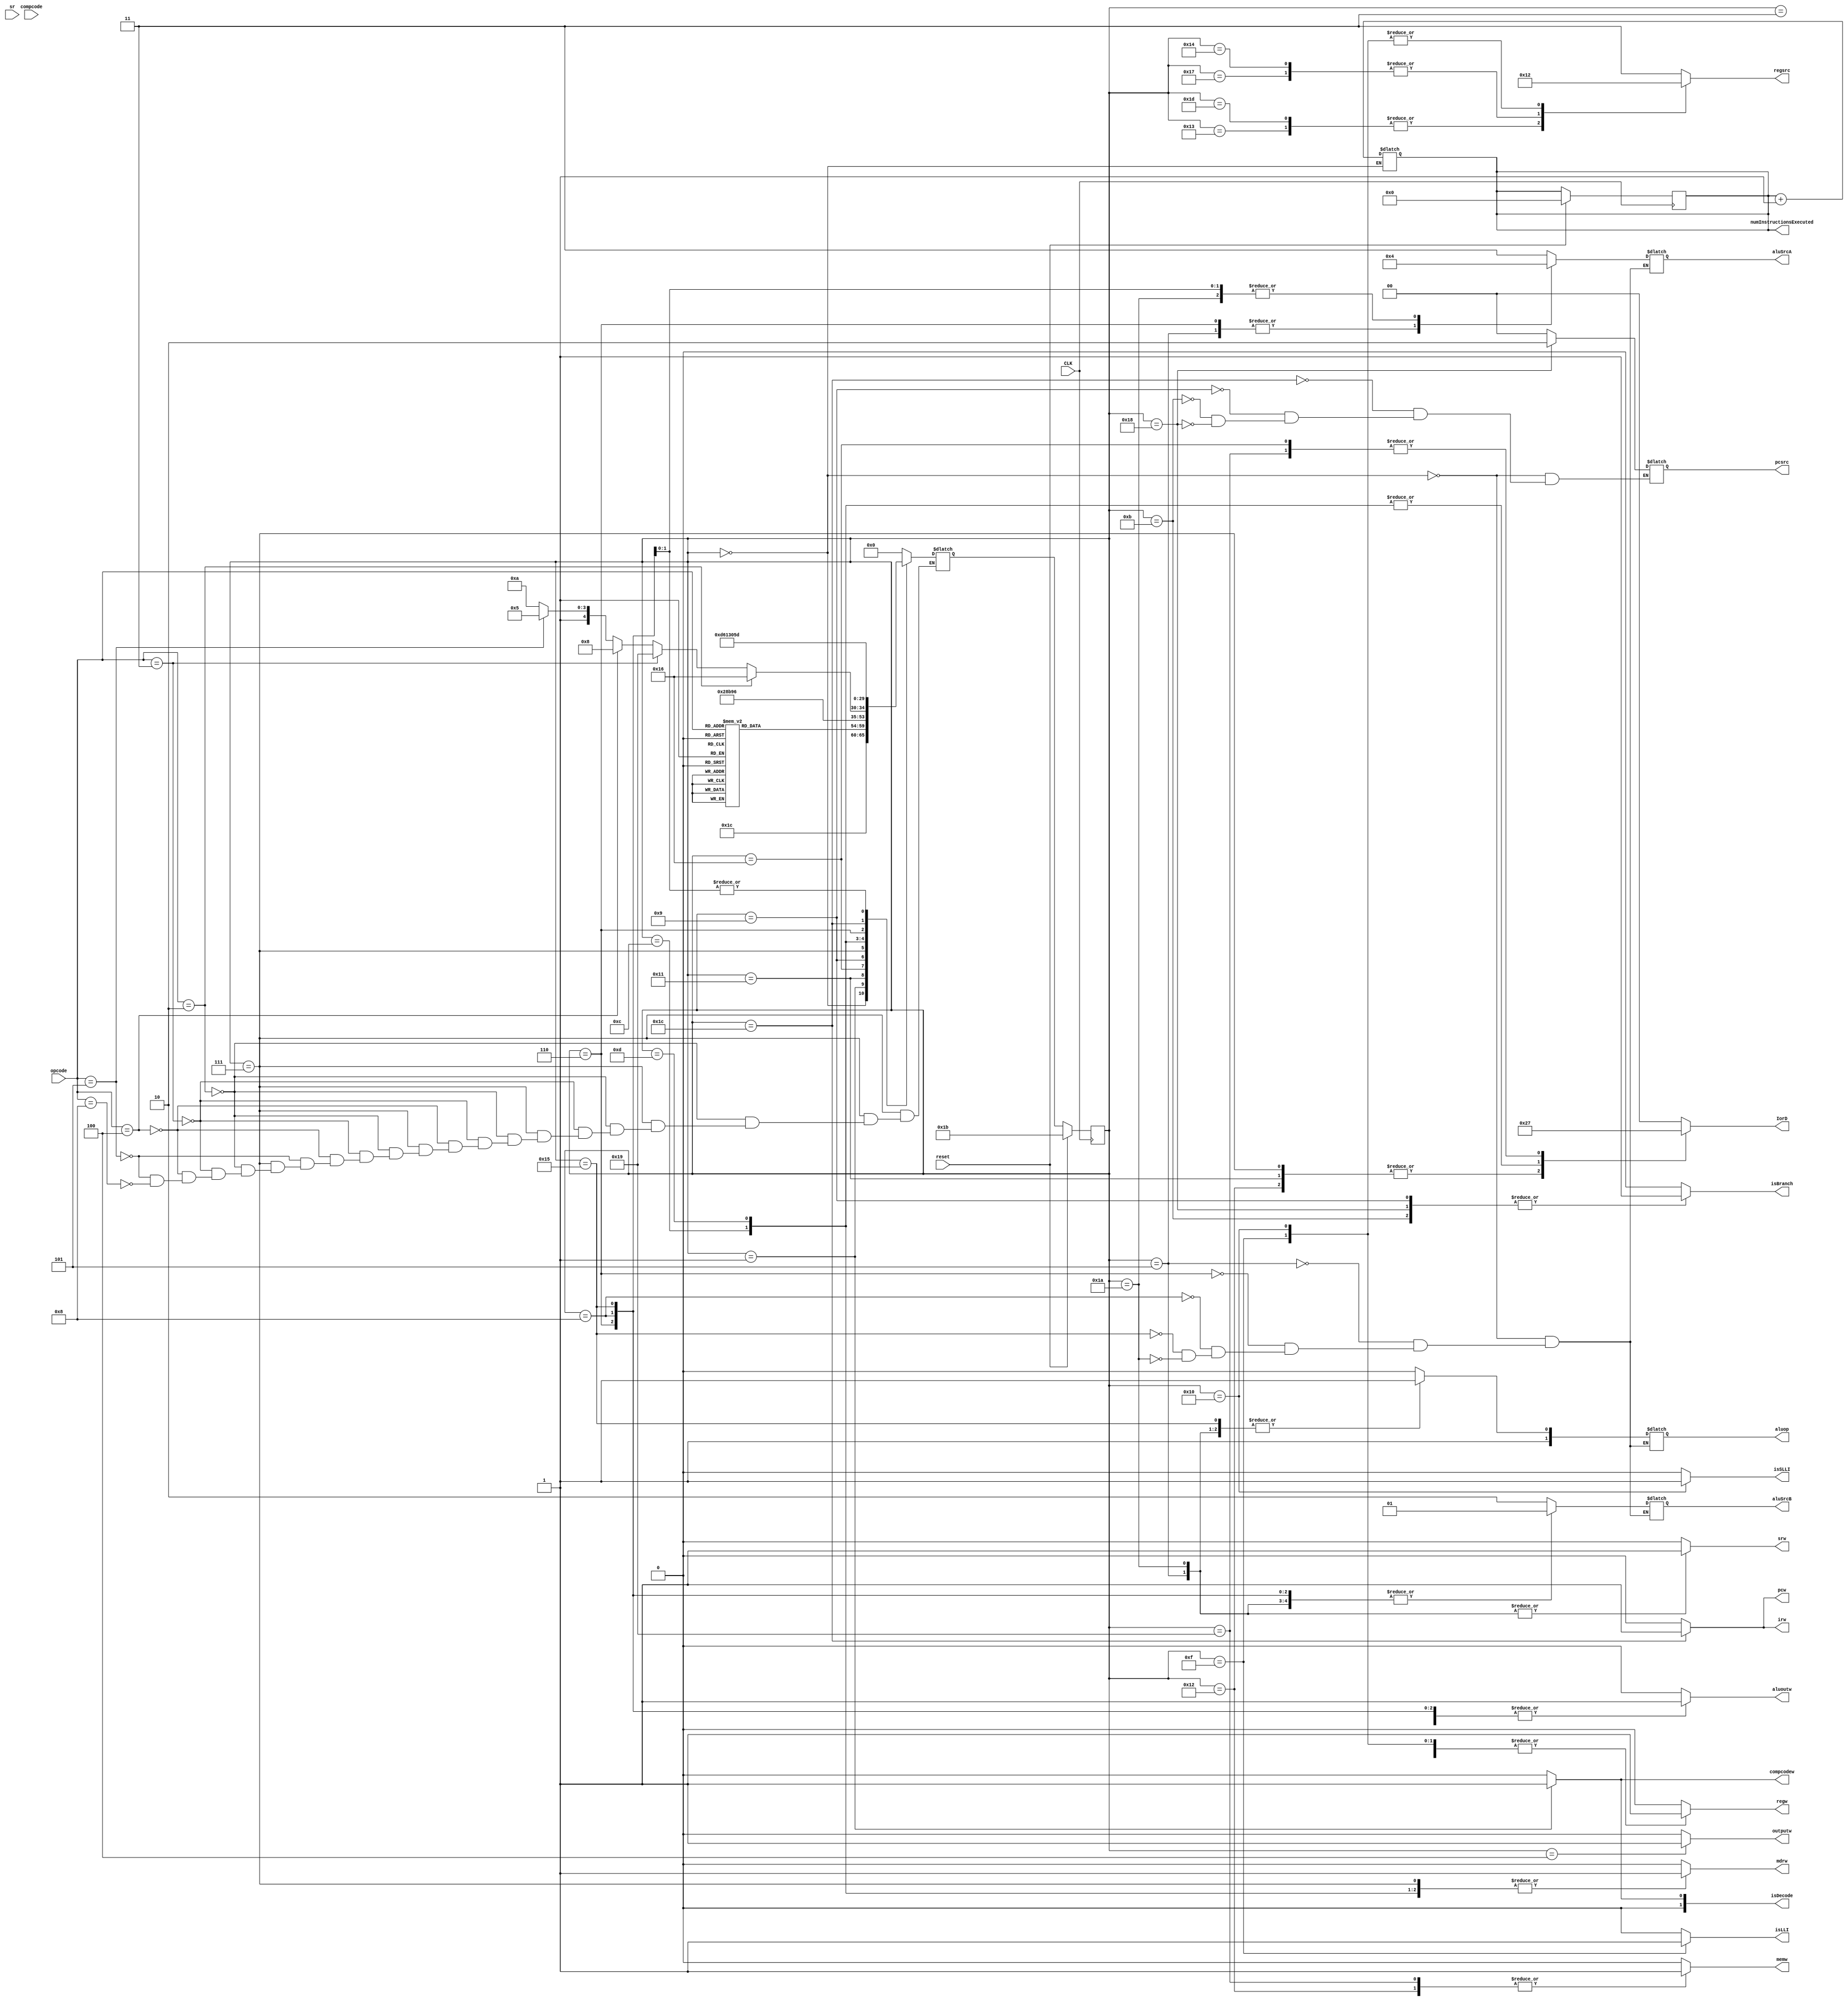
module Control(
   input wire[3:0] opcode,
   input wire[0:0] CLK,
   input wire[0:0] reset,
   input wire[1:0] compcode,
   input wire[1:0] sr,

   output reg [1:0] IorD,
   output reg [1:0] aluop,
   output reg [1:0] regsrc,
   output reg [1:0] pcsrc,
   output reg [1:0] aluSrcA,
   output reg [1:0] aluSrcB,
   output reg [0:0] regw,
   output reg [0:0] memw,
   output reg [0:0] mdrw,
   output reg [0:0] srw,
   output reg [0:0] irw,
   output reg [0:0] pcw,
   output reg [0:0] compcodew,
   output reg [0:0] outputw,
   output reg [0:0] aluoutw,
   output reg [0:0] isLLI,
   output reg [0:0] isBranch,
   output reg [0:0] isSLLI,
   output reg [1:0] isDecode,

   output reg [15:0] numInstructionsExecuted
);
   
    //state flip flops
    reg [5:0]    current_state;
    reg [5:0]    next_state;

   // State Definitions
   parameter Fetch = 0;
   parameter Decode = 1;
 //  parameter BorBMEM1 = 2;
   parameter LI = 3;
   parameter SO = 4;
   parameter CMPi1 = 5;
   parameter ADDI = 6;
   parameter ADDorSUB1 = 7;
   parameter ADD = 8;
   parameter PreB = 9;
   parameter CMPi2 = 10;
   parameter B = 11;
   parameter BorBMEM2 = 12;
   parameter BMEM1 = 13; 
   parameter ADDorSUB2 = 14;
   parameter LLI = 15;
   parameter SLLI = 16;
   parameter LW1 = 17;
   parameter SW = 18;
   parameter ADDI2 = 19;
   parameter LW2 = 20;
   parameter SUB = 21;
   parameter LMEM1 = 22;
   parameter LMEM2 = 23;
   parameter BMEM2 = 24;
   parameter SMEM = 25;
   parameter CMP1 = 26;
   parameter Reset = 27;
   parameter Fetch2 = 28;
   parameter ADDSUB2 = 29;
  
    //register calculation
   always @ (posedge CLK)
     begin
        if (reset) begin 
          current_state = Reset;
          numInstructionsExecuted = 16'b0;
        end 
        else 
          current_state = next_state;
         
     end
    //OUTPUT signals for each state (depends on current state)
    always @ (current_state)
     begin
        //Reset all signals that cannot be don't cares
       regw = 0; 
       mdrw = 0;
       srw = 0;
       irw = 0;
       outputw = 0;
       memw = 0;
       compcodew = 0;
       pcw = 0;
       aluoutw = 0;
       isLLI = 0;
       isSLLI = 0; 
       isDecode = 0;
       regsrc = 3; //this might be a temp fix for loading input
       IorD = 0;
       isDecode = 0;
       isBranch = 0;
      case (current_state)
         Reset:
            begin
            end 
         Fetch:
            begin
               numInstructionsExecuted = numInstructionsExecuted + 1;
               pcsrc = 0;
               pcw = 0;
               aluSrcA = 3;
               aluSrcB = 2;
               aluop = 2'b10;
               
               aluoutw = 1;
               isDecode = 0;
               IorD = 0;
            end
         Fetch2:
         begin
            pcw = 1;
            pcsrc = 0;
            IorD = 0;
            irw = 1;
         end 
         
         Decode:
            begin 
               compcodew = 1;
                irw = 0;
                pcw = 0;
                aluoutw = 1;
                isDecode = 1;
            end 
         LI:
            begin
               aluoutw = 0;
               regw = 1;
               regsrc = 3;
            end
         SO:
            begin
                aluoutw = 0;
                outputw = 1;
            end 
         CMPi1:
            begin
               aluop = 2'b11;
               aluSrcA = 1;
               aluSrcB = 1;
               aluoutw =1;
               srw = 1;
            end
       
         ADDI:
            begin
               aluop = 2'b10;
               aluSrcA = 1;
               aluSrcB = 1;
               aluoutw = 1;
            end
         ADDI2:
            begin
               regsrc = 1;
               regw = 1;
            end
         SMEM:
         begin
            IorD = 3;
            mdrw = 1;
            memw = 1;
         end 
         // BorBMEM1:
         //    begin
         //       aluop = 2'b10;
         //       aluSrcA = 2;
         //       aluSrcB = 0;
         //    end
         ADDorSUB1:
            begin
                mdrw = 1;
                IorD = 2; 
            end 
         LW1:
            begin
                mdrw = 1;
                IorD = 2; 
            end 
      
         LW2:
            begin
               mdrw = 1;
                regw = 1;
                regsrc = 0; 
            end 
         SW:
            begin
                memw = 1;
                IorD = 2; 
            end 
            
         ADD:
         begin
            
            aluop = 2'b10;
               aluSrcA = 0;
               aluSrcB = 1;
               aluoutw = 1;
         end 
         ADDSUB2:
         begin
            aluoutw = 1;
            regw = 1;
            regsrc = 1;
         end 

         SUB:
         begin
               aluop = 2'b11;
               aluSrcA = 0;
               aluSrcB = 1;
               aluoutw = 1;
         end 

         
         
          BorBMEM2: 
             begin
               IorD = 1;
               mdrw = 1;
            end 
         PreB:
         begin 
            pcsrc = 0;
            isBranch = 1;
         end 
         B:
         begin 
            pcsrc = 0;
            isBranch = 1;
         end 
         BMEM1:
            begin
                mdrw = 1;
                IorD = 1;
            end 
        
        BMEM2:
            begin
               isBranch = 1;
                pcsrc = 2;
            end 

         
         LMEM1:
         begin
            IorD = 3;
            mdrw = 1;
         end 
        
         LMEM2:
         begin
           // mdrw = 1;
            regw = 1;
            regsrc = 0;
         end
         
       

         LLI:
            begin
              regw = 1;
              isLLI = 1;
              regsrc = 2;
            end
         SLLI:
            begin
              regw = 1;
              isSLLI = 1;
              regsrc = 2;
            end
         CMP1:
         begin
            aluoutw = 1;
            aluop = 2'b11;
            aluSrcA = 0;
            aluSrcB = 1;
            srw = 1;
         end 
            
        endcase 
     end
     //NEXT STATE calculation (depends on current state and opcode)       
   always @ (current_state, next_state, opcode)
     begin         
      //   $display("The current state is %d", current_state);
        
        case (current_state)
         Reset:
            begin
               next_state = Fetch;
            end
         // Prefetch:
         //    begin
         //       next_state = Fetch;
         //    end 
          Fetch:
            begin
               next_state = Fetch2;
            end
          
          Decode: 
            begin       
               // $display("The opcode is %d", opcode);
               case (opcode)
                  0:
                   begin
                      next_state = LW1;
                   end
                  1:
                   begin
                      next_state = SW;
                   end
                  2:
                   begin
                     //  load memory
                     next_state = ADDorSUB1;
                   end
                  3:
                   begin
                     // store memory
                      next_state = ADDorSUB1;
                   end
                  4:
                   begin next_state = ADDorSUB1;
                   end
                  5:
                   begin next_state = ADDorSUB1;
                   end
                   6:
                   begin next_state = ADDI;
                   end
                   7:
                   begin next_state = CMPi1;
                   end
                   8:
                   begin next_state = ADDorSUB1;
                   end
                   9:
                   begin next_state = PreB;
                   end
                   10:
                   begin next_state = BorBMEM2;
                   end
                   11:
                   begin next_state = LLI;
                   end
                   12:
                   begin next_state = SLLI; 
                   end
                  14:
                   begin next_state = LI;
                   end
                   15:
                   begin next_state = SO;
                   end

                 default:
                   begin 
                      next_state = Fetch; 
                   end
               endcase  
               
            end
            
            LW1: 
            begin
               next_state = LW2;
            end
            
           
            LMEM1:
               begin
                  next_state = LMEM2;
                  
               end 
            
            PreB:
            begin
               next_state = B;
            end
            ADDorSUB1:
               begin
                  if(opcode == 2)
                  next_state = LMEM1;
                  else if(opcode == 3)
                  next_state = SMEM;
                  else if(opcode == 4)
                  next_state = ADD;
                  else if(opcode == 5)
                  next_state = SUB;
                  else if(opcode == 8)
                  next_state = CMP1;
               end
            BorBMEM2:
              begin
                
               next_state = BMEM1;
                  // $display("In BorBMEM2, the next_state is %d", next_state);
                end 
            BMEM1:
               begin
                  next_state = BMEM2;
               end
            ADDI:
               begin
                  next_state = ADDI2;
               end
            Fetch2:
               begin
                  next_state = Decode;
               end
            ADD:
               begin
                  next_state = ADDSUB2;
               end
            SUB:
               begin
                  next_state = ADDSUB2;
               end

            
            default:
                   begin 
                     //  $display(" defaulting ", opcode);  
                      next_state = Fetch; 
                   end
            

        endcase
     end

endmodule